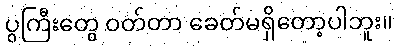
ပွကြီးတွေ ဝတ်တာ ခေတ်မရှိတော့ပါဘူး။